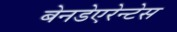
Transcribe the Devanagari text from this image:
बेनडेएरेन्टेस